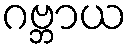
ဂဗ္ဘာယ